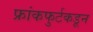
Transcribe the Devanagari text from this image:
फ्रांकफुर्टकडून